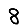
Digit: 8